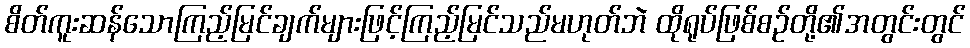
စိတ်ကူးဆန်သောကြည့်မြင်ချက်များဖြင့်ကြည့်မြင်သည်မဟုတ်ဘဲ ထိုရုပ်ဖြစ်စဉ်တို့၏အတွင်းတွင်